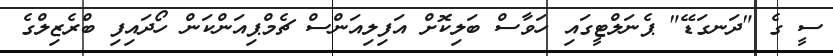
ސީ ގެ "ދަނގަޑޭ" ޕެނަލްޓީގައި ހަވާސް ބަލިކޮށް އަފިލިއަންސް ޗެމްޕިއަންކަން ހޯދައިފި ބްރެޒިލްގެ